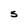
Character: S